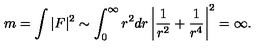
m = \int | F | ^ { 2 } \sim \int _ { 0 } ^ { \infty } r ^ { 2 } d r \left| \frac { 1 } { r ^ { 2 } } + \frac { 1 } { r ^ { 4 } } \right| ^ { 2 } = \infty .